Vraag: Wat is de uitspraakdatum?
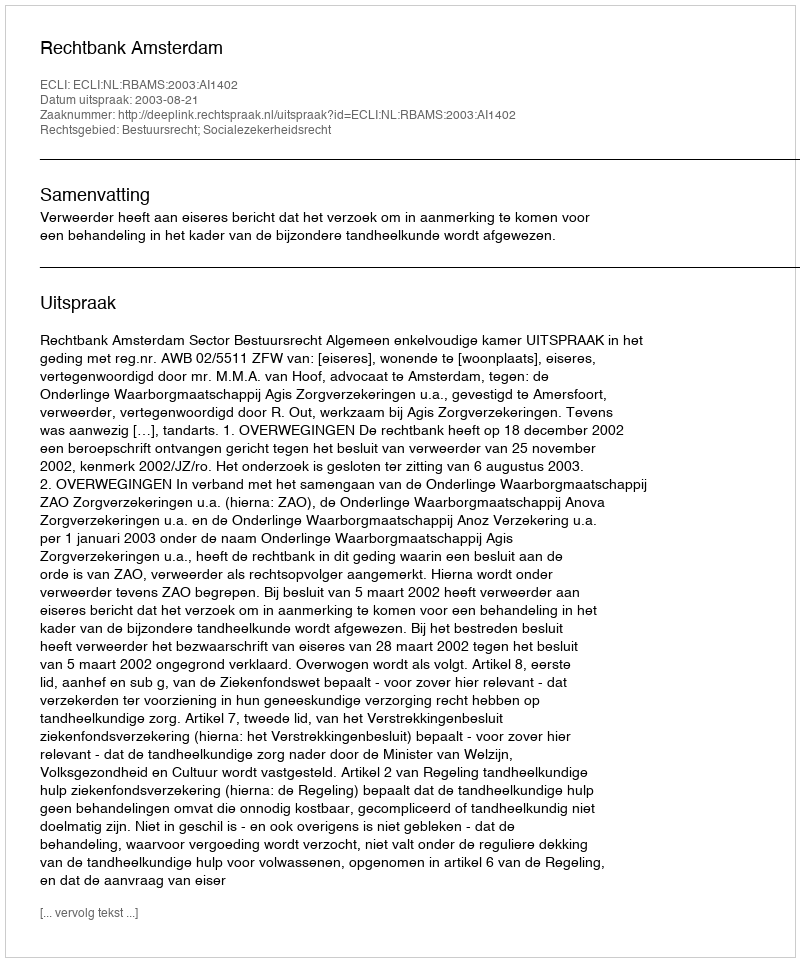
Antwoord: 2003-08-21